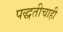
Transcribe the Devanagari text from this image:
पद्धतीचाही